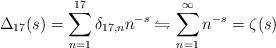
LaTeX: \begin{align*}\Delta_{17}(s)=\sum_{n=1}^{17}\delta_{17,n}n^{-s}\leftrightharpoons\sum_{n=1}^{\infty}n^{-s}= \zeta(s)\end{align*}